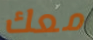
معك